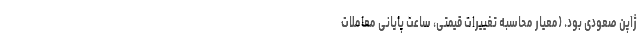
ژاپن صعودی بود. (معیار محاسبه تغییرات قیمتی، ساعت پایانی معاملات